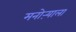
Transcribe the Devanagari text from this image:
मनोऱ्याला